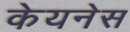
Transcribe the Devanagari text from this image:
केयनेस